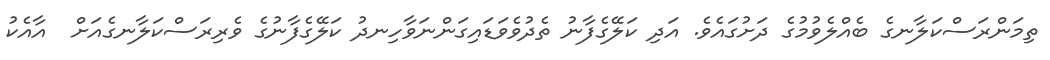
ތިމަންރަސްކަލާނގެ ބެއްލެވުމުގެ ދަށުގައެވެ. އަދި ކަލޭގެފާނު ތެދުވެވަޑައިގަންނަވާހިނދު ކަލޭގެފާނުގެ ވެރިރަސްކަލާނގެއަށް  އާއެކު